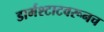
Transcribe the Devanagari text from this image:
डार्मश्टाटवरूनच